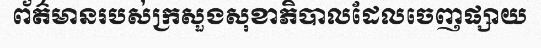
ព័ត៌មានរបស់ក្រសួងសុខាភិបាលដែលចេញផ្សាយ